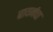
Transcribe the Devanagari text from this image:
बायर्नचा